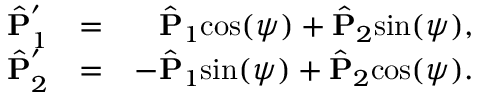
\begin{array} { r l r } { \hat { \bf P } _ { 1 } ^ { ' } } & { = } & { \hat { { \bf P } } _ { 1 } \mathrm { c o s } ( \psi ) + \hat { { \bf P } } _ { 2 } \mathrm { s i n } ( \psi ) , } \\ { \hat { \bf P } _ { 2 } ^ { ' } } & { = } & { - \hat { { \bf P } } _ { 1 } \mathrm { s i n } ( \psi ) + \hat { { \bf P } } _ { 2 } \mathrm { c o s } ( \psi ) . } \end{array}